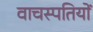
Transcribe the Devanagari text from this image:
वाचस्पतियों